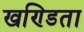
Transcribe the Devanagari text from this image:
खण्डिता